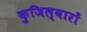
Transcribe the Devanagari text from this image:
कुजिल्वारों